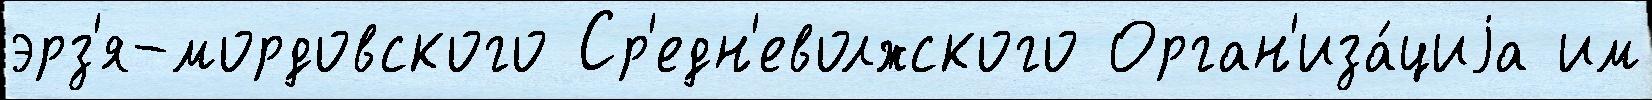
эрз'я-мордовского Ср'едн'еволжского Орган'иза́циjа им